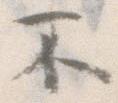
不